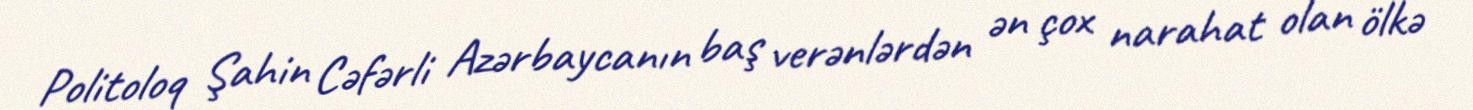
Politoloq Şahin Cəfərli Azərbaycanın baş verənlərdən ən çox narahat olan ölkə